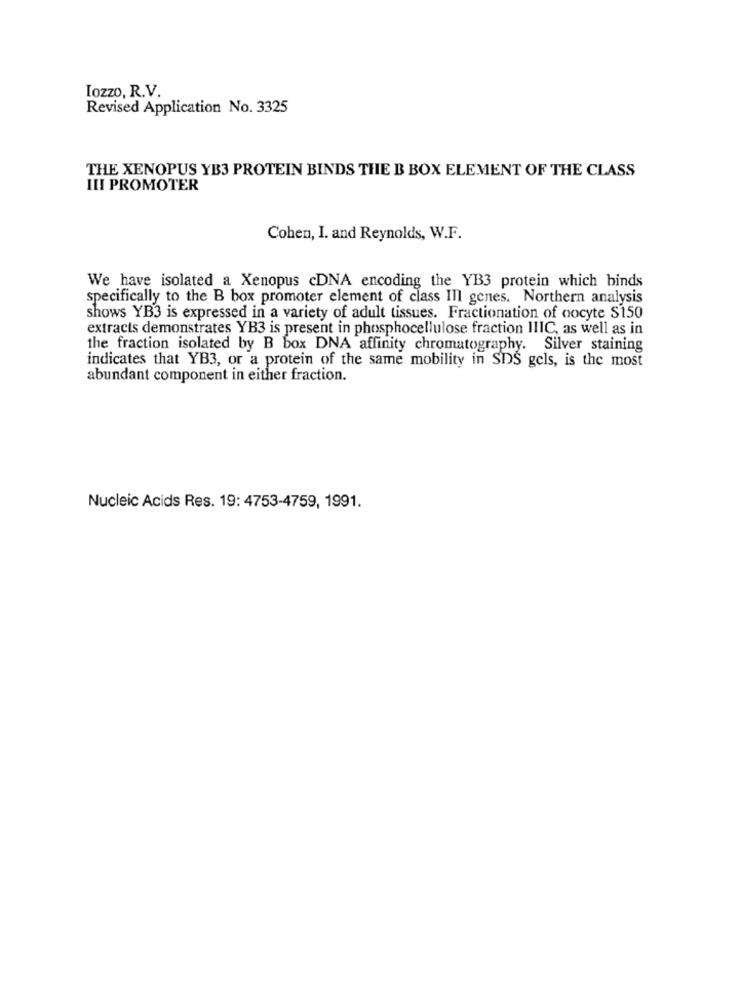
Iozzo, R.V.
Revised Application No. 3325
THE XENOPUS YB3 PROTEIN BINDS THE B BOX ELEMENT OF THE CLASS
III PROMOTER
Cohen, I. and Reynolds, W.F.
We have isolated a Xenopus cDNA encoding the YB3 protein which binds
specifically to the B box promoter element of class Ill genes. Northern analysis
shows YB3 is expressed in a variety of adult tissues. Fractionation of oocyte S150
extracts demonstrates YB3 is present in phosphocellulose fraction IIIC, as well as in
the fraction isolated by B box DNA affinity chromatography. Silver staining
indicates that YB3, or a protein of the same mobility in SDS gels, is the most
abundant component in either fraction.
Nucleic Acids Res. 19: 4753-4759, 1991.